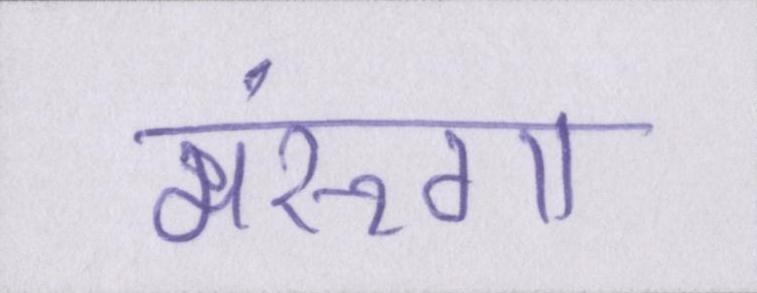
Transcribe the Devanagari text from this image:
मरूंगा